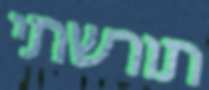
תורשתי